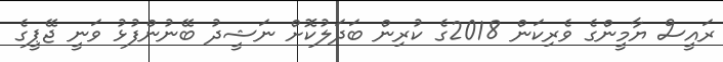
ރައީސް ޔާމީންގެ ވެރިކަން 2018ގެ ކުރިން ބަދަލުކޮށް ނަޝީދު ބޭނުންފުޅު ވަނީ ޖޭޕީގެ